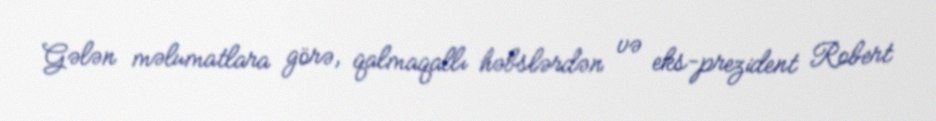
Gələn məlumatlara görə, qalmaqallı həbslərdən və eks-prezident Robert